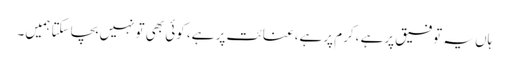
ہاں یہ توفیق پرہے ،کرم پرہے،عنائت پر ہے، کوئی بھی تونہیں بچاسکتا ہمیں۔